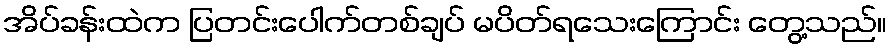
အိပ်ခန်းထဲက ပြတင်းပေါက်တစ်ချပ် မပိတ်ရသေးကြောင်း တွေ့သည်။